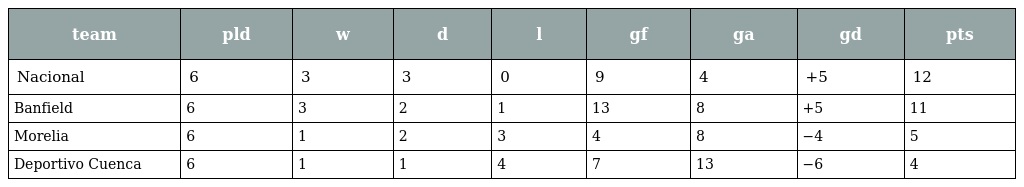
| team | pld | w | d | l | gf | ga | gd | pts |
 | --- | --- | --- | --- | --- | --- | --- | --- | --- |
 | Nacional | 6 | 3 | 3 | 0 | 9 | 4 | +5 | 12 |
 | Banfield | 6 | 3 | 2 | 1 | 13 | 8 | +5 | 11 |
 | Morelia | 6 | 1 | 2 | 3 | 4 | 8 | −4 | 5 |
 | Deportivo Cuenca | 6 | 1 | 1 | 4 | 7 | 13 | −6 | 4 |